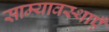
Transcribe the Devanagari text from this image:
साम्यावस्थाएँ